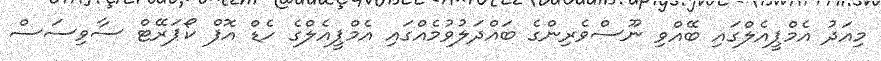
މިއަދު އެމްޕީއެލްގައި ބޭއްވި ނޫސްވެރިންގެ ބައްދަލުވުމެއްގައި އެމްޕީއެލްގެ ހެޑް އޮފް ކޯޕަރޭޓް ސާވިސަސް